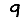
Digit: 9